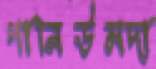
পানিউমদা